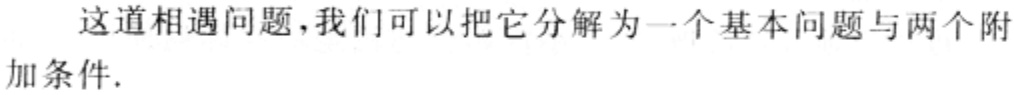
这道相遇问题，我们可以把它分解为一个基本问题与两个附加条件.